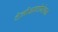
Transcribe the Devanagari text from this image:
टेलीआटोमेशन